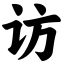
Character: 访